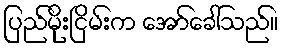
ပြည်မိုးငြိမ်းက အော်ခေါ်သည်။